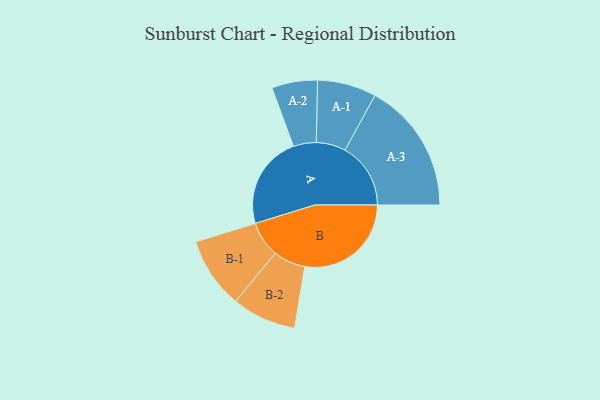
{"axis": {"x": "Segment", "y": "Value"}, "legend": ["", "A", "B"], "data": [{"x": "A", "y": 411, "type": ""}, {"x": "B", "y": 470, "type": ""}, {"x": "A-1", "y": 130, "type": "A"}, {"x": "A-2", "y": 101, "type": "A"}, {"x": "A-3", "y": 290, "type": "A"}, {"x": "B-1", "y": 158, "type": "B"}, {"x": "B-2", "y": 142, "type": "B"}]}